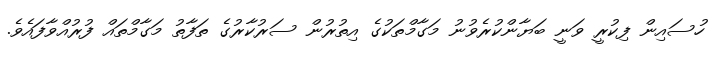
ހުސައިން ފިކުރީ ވަނީ ބަޔާންކުރެވުނު މަގާމްތަކުގެ އިތުރުން ސަރުކާރުގެ ތަފާތު މަގާމްތައް ފުރުއްވާފައެވެ.